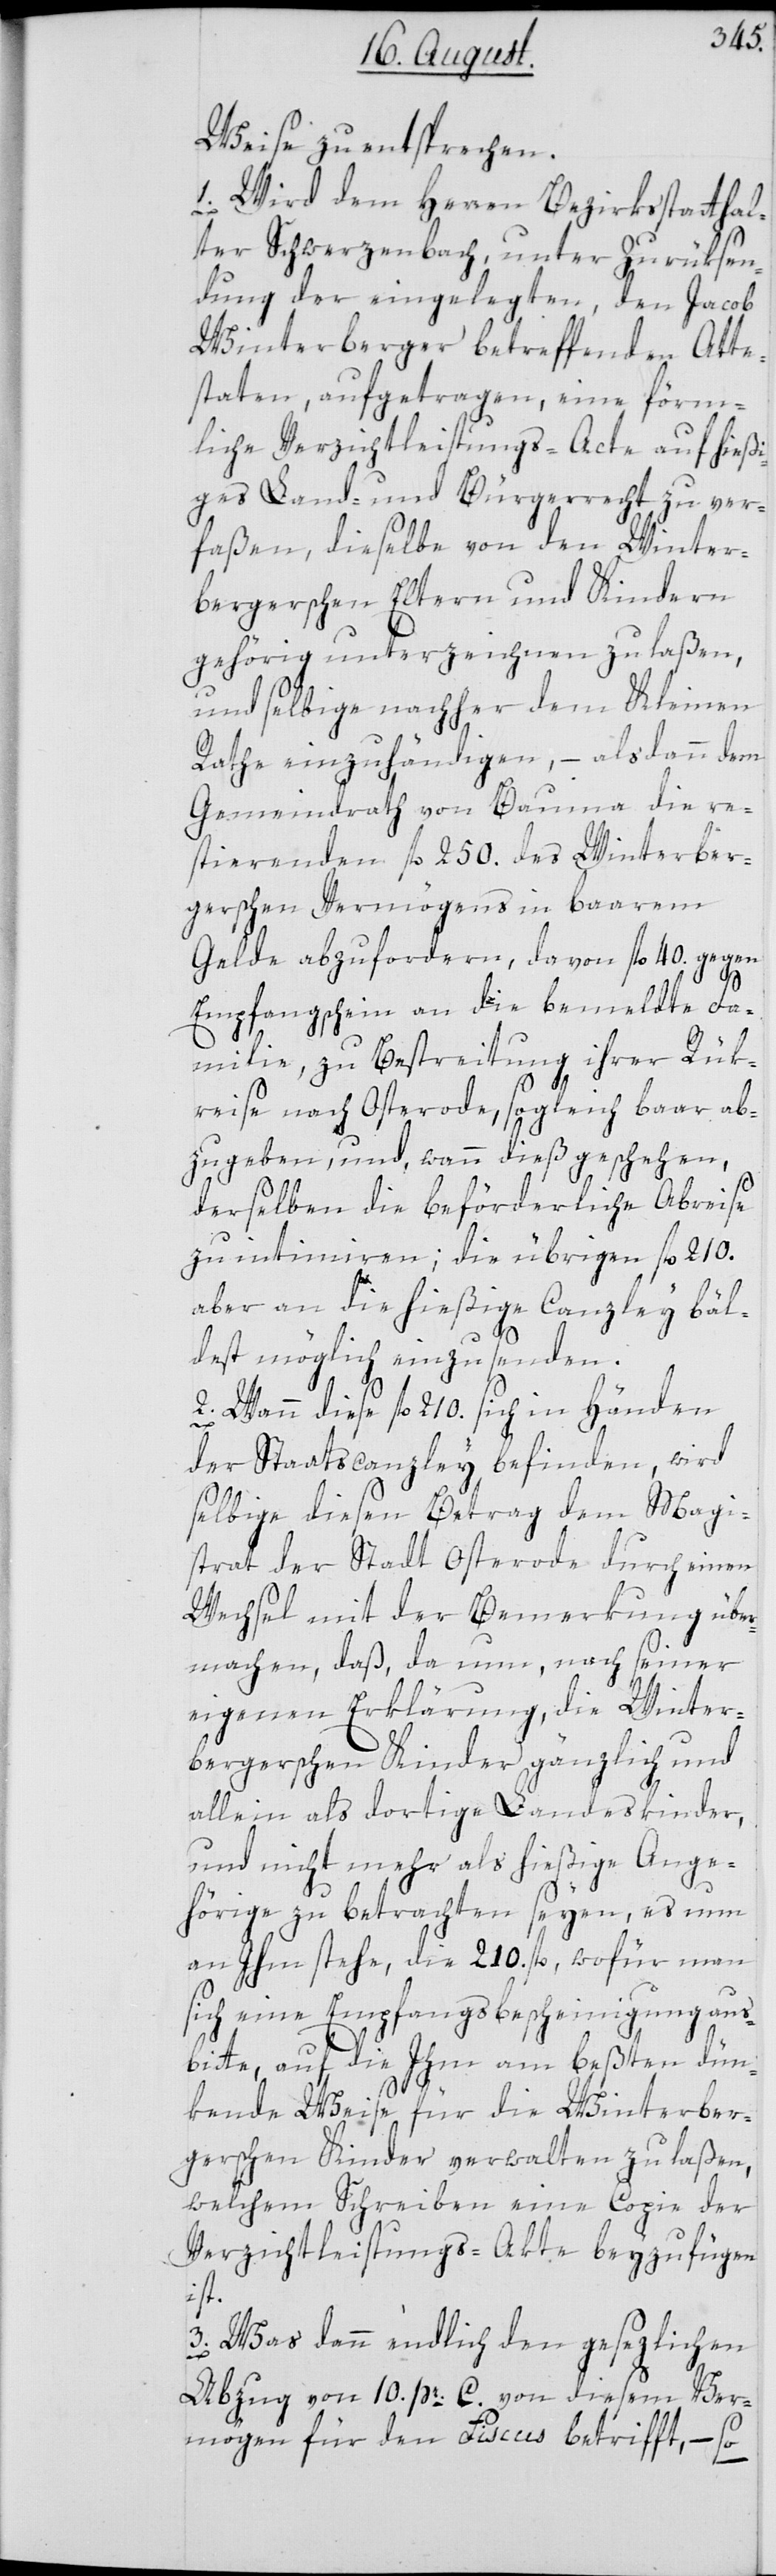
Weise zu entsprechen.
1. Wird dem Herren Bezirksstatthal¬
ter Schwerzenbach, unter Zurüksen¬
dung der eingelegten, den Jacob
Winterberger betreffenden Atte¬
staten, aufgetragen, eine förm¬
liche Verzichtsleistungs-Acte auf hießi¬
ges Land- und Bürgerrecht zu ver¬
faßen, dieselbe von den Winter¬
bergerschen Eltern und Kindern
gehörig unterzeichnen zu laßen,
und selbige nachher dem Kleinen
Rathe einzuhändigen, – alsdann dem
Gemeindrath von Bauma die re¬
stierenden fl. 250. des Winterber¬
gerschen Vermögens in baarem
Gelde abzufordern, davon fl. 40. gegen
Empfangsschein an die bemeldte Fa¬
milie, zu Bestreitung ihrer Rük¬
reise nach Osterode, sogleich baar ab¬
zugeben, und, wann dieß geschehen,
derselben die beförderliche Abreise
zu intimiren; die übrigen fl. 210.
aber an die hießige Canzley bäl¬
dest möglich einzusenden.
2. Wann diese fl. 210. sich in Händen
der Staatscanzley befinden, wird
selbige diesen Betrag dem Magi¬
strat der Stadt Osterode durch einen
Wechsel mit der Bemerkung über¬
machen, daß, da nun, nach seiner
eigenen Erklärung, die Winter¬
bergerschen Kinder gänzlich und
allein als dortige Landeskinder,
und nicht mehr als hießige Ange¬
hörige zu betrachten seyen, es nun
an Ihm stehe, die 210. fl., wofür man
sich eine Empfangsbescheinigung aus¬
bitte, auf die Ihm am beßten dün¬
kende Weise für die Winterber¬
gerschen Kinder verwalten zu laßen,
welchem Schreiben eine Copie der
Verzichtleistungs-Akte beyzufügen
ist.
3. Was dann endlich den gesezlichen
Abzug von 10. pr. C. von diesem Ver¬
mögen für den Fiscus betrifft, – so